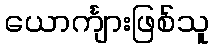
ယောင်္ကျားဖြစ်သူ